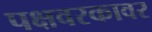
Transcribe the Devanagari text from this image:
पक्षवरकावर